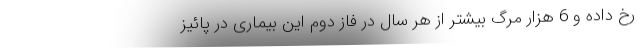
رخ داده و 6 هزار مرگ بیشتر از هر سال در فاز دوم این بیماری در پائیز